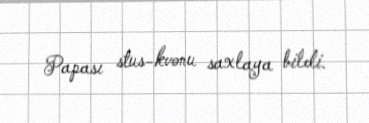
Papası stus-kvonu saxlaya bildi.